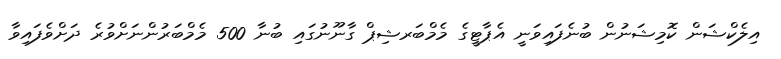
އިލެކްޝަން ކޮމިޝަނުން ބުނެފައިވަނީ އެޕާޓީގެ މެމްބަރޝިޕް ގާނޫނުގައި ބުނާ 500 މެމްބަރުންނަށްވުރެ ދަށްވެފައިވާ